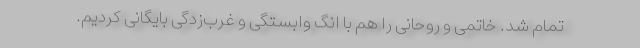
تمام شد. خاتمی و روحانی را هم با انگ وابستگی و غرب‌زدگی بایگانی کردیم.